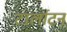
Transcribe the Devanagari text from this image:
टार्लाटन